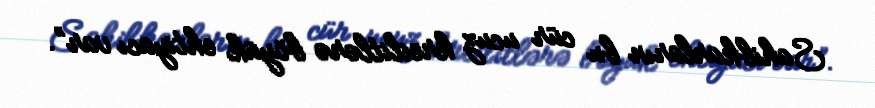
Sahibkarların bu cür ucuz kreditlərə böyük ehtiyacı var”.